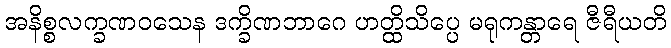
အနိစ္စလက္ခဏဝသေန ဒက္ခိဏဘာဂေ ဟတ္ထိသိပ္ပေ မရုကန္တာရေ ဇီရီယတိ